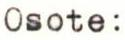
Osote: